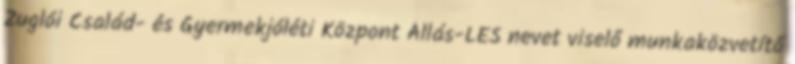
Zuglói Család- és Gyermekjóléti Központ Állás-LES nevet viselő munkaközvetítő